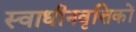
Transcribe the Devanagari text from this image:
स्वाधीनवृत्तिकों